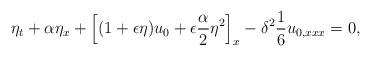
LaTeX: \begin{align*} \eta_{t}+\alpha\eta_{x}+\left[(1+\epsilon \eta)u_{0} +\epsilon \frac{\alpha}{2}\eta^{2} \right]_{x}-\delta^{2}\frac{1}{6}u_{0,xxx}=0,\end{align*}